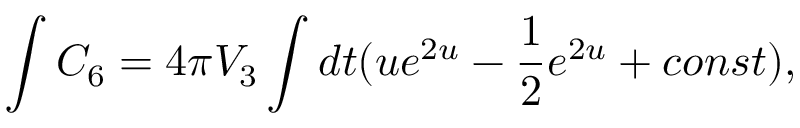
\int C _ { 6 } = 4 \pi V _ { 3 } \int d t ( u e ^ { 2 u } - { \frac { 1 } { 2 } } e ^ { 2 u } + c o n s t ) ,